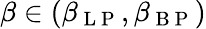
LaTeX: \beta\in(\beta_{\mathrm{~L~P~}},\beta_{\mathrm{~B~P~}})